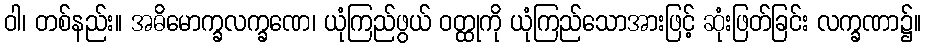
ဝါ၊ တစ်နည်း။ အဓိမောက္ခလက္ခဏေ၊ ယုံကြည်ဖွယ် ဝတ္ထုကို ယုံကြည်သောအားဖြင့် ဆုံးဖြတ်ခြင်း လက္ခဏာ၌။